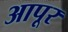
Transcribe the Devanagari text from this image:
आपूर